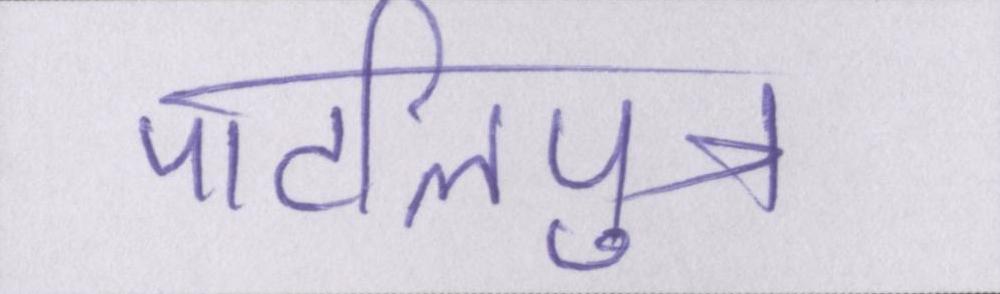
पाटलिपुत्र